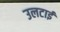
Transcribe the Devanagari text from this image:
उलटाई